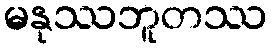
မနုဿဘူတဿ